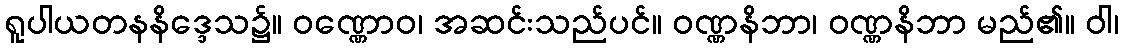
ရူပါယတနနိဒ္ဒေသ၌။ ဝဏ္ဏောဝ၊ အဆင်းသည်ပင်။ ဝဏ္ဏနိဘာ၊ ဝဏ္ဏနိဘာ မည်၏။ ဝါ၊